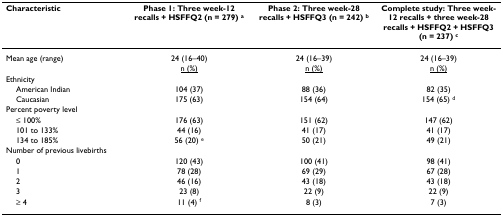
| Characteristic | Phase 1: Three week-12 recalls + HSFFQ2 (n = 279) a | Phase 2: Three week-28 recalls + HSFFQ3 (n = 242) b | Complete study: Three week-12 recalls + three week-28 recalls + HSFFQ2 + HSFFQ3 (n = 237) c |
 | --- | --- | --- | --- |
 | Mean age (range) | 24 (16–40) | 24 (16–39) | 24 (16–39) |
 |  | <underline>n (%)</underline> | <underline>n (%)</underline> | <underline>n (%)</underline> |
 | Ethnicity |  |  |  |
 | American Indian | 104 (37) | 88 (36) | 82 (35) |
 | Caucasian | 175 (63) | 154 (64) | 154 (65) d |
 | Percent poverty level |  |  |  |
 | ≤ 100% | 176 (63) | 151 (62) | 147 (62) |
 | 101 to 133% | 44 (16) | 41 (17) | 41 (17) |
 | 134 to 185% | 56 (20) e | 50 (21) | 49 (21) |
 | Number of previous livebirths |  |  |  |
 | 0 | 120 (43) | 100 (41) | 98 (41) |
 | 1 | 78 (28) | 69 (29) | 67 (28) |
 | 2 | 46 (16) | 43 (18) | 43 (18) |
 | 3 | 23 (8) | 22 (9) | 22 (9) |
 | ≥ 4 | 11 (4) f | 8 (3) | 7 (3) |